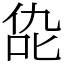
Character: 㖌